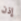
إذن